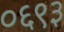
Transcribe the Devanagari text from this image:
०६९३